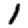
Digit: 1